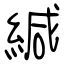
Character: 緘